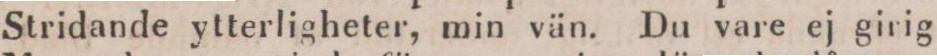
Stridande ytterligheter, min vän. Du vare ej girig,